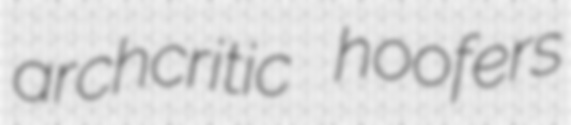
archcritic hoofers